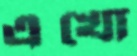
এখো